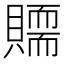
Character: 𧸀